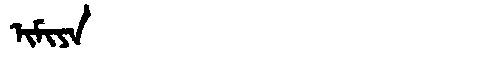
Manchu: ᡳᠮᡳᠶᠠ
Romanization: IMIYA